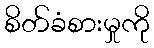
စိတ်ခံစားမှုကို